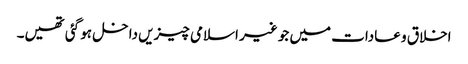
اخلاق و عادات میں جو غیر اسلامی چیزیں داخل ہو گئی تھیں۔